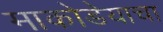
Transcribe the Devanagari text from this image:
माकोडेयाचा